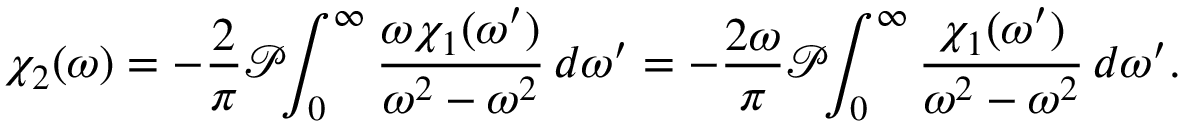
\chi _ { 2 } ( \omega ) = - { \frac { 2 } { \pi } } { \mathcal { P } } \! \! \int _ { 0 } ^ { \infty } { \frac { \omega \chi _ { 1 } ( \omega ^ { \prime } ) } { \omega ^ { 2 } - \omega ^ { 2 } } } \, d \omega ^ { \prime } = - { \frac { 2 \omega } { \pi } } { \mathcal { P } } \! \! \int _ { 0 } ^ { \infty } { \frac { \chi _ { 1 } ( \omega ^ { \prime } ) } { \omega ^ { 2 } - \omega ^ { 2 } } } \, d \omega ^ { \prime } .